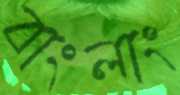
বাংলাং